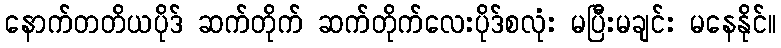
နောက်တတိယပိုဒ် ဆက်တိုက် ဆက်တိုက်လေးပိုဒ်စလုံး မပြီးမချင်း မနေနိုင်။